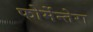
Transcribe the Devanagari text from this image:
फोर्मेन्तेरा